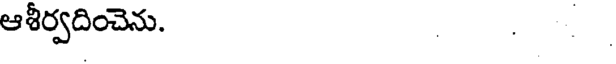
ఆశీర్వదించెను. .